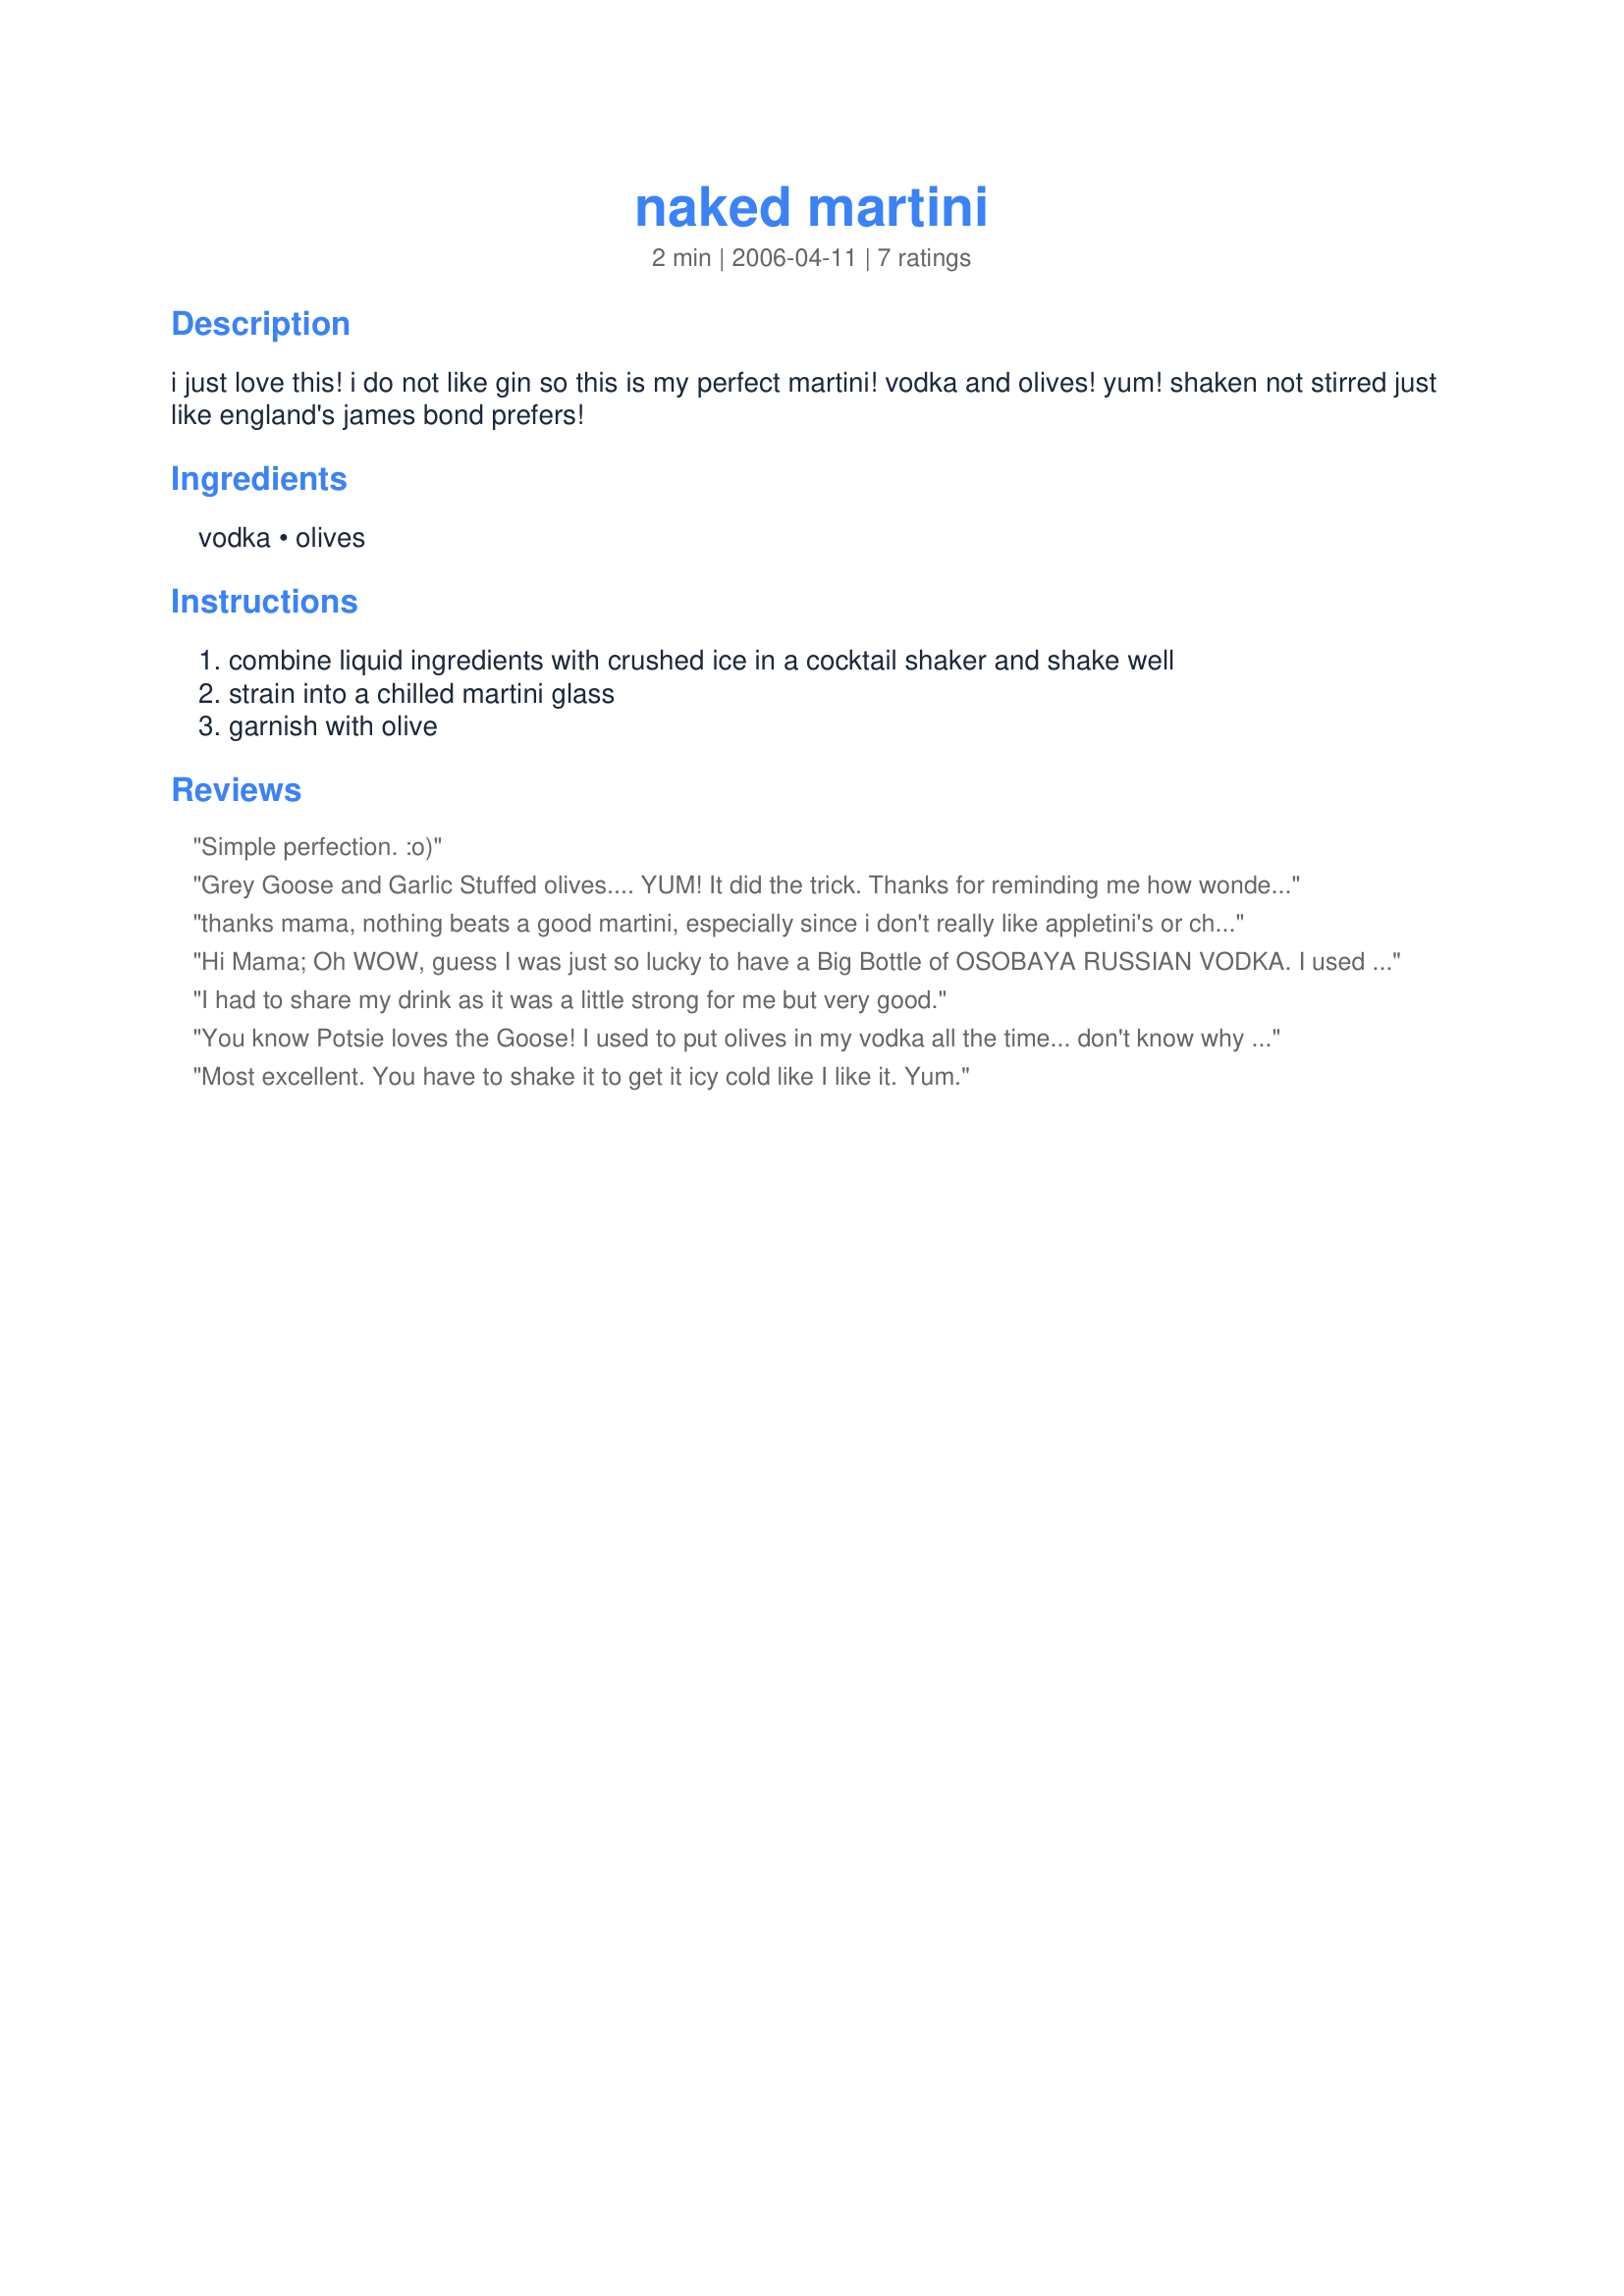
naked martini
Preparation time: 2 minutes

i just love this! i do not like gin so this is my perfect martini! vodka and olives! yum!

shaken not stirred just like england's james bond prefers!

Ingredients:
vodka, olives

Steps:
combine liquid ingredients with crushed ice in a cocktail shaker and shake well, strain into a chilled martini glass, garnish with olive

Reviews:
Simple perfection. :o)
Grey Goose and Garlic Stuffed olives.... YUM! It did the trick. Thanks for reminding me how wonderful a simple martini "Naked" Martini can be. (Made for Bevy Tag 08) Cheers ~V
thanks mama, nothing beats a good martini, especially since i don't really like appletini's or chocolate one's that much!!
Hi Mama;
Oh WOW, guess I was just so lucky to have a Big Bottle of OSOBAYA RUSSIAN VODKA.
I used large, stuffed green olives (2 of them). NOW, this is what I call an excellent Martini. The olives are a very pleasant substitute for Vermouth even though I used to just pass the cork from the Vermouth over the Vodka. I will now even avoid passing the cork.
Thanks, a darn good drink.
"Uncle Bill"
I had to share my drink as it was a little strong for me but very good.
You know Potsie loves the Goose! I used to put olives in my vodka all the time... don't know why I stopped. So for old times sake added olives today. I doubled the recipe but it was still just one serving. I won't admit to how many servings I had.
Most excellent. You have to shake it to get it icy cold like I like it. Yum.
